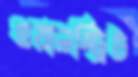
ওয়ালস্ট্রিট